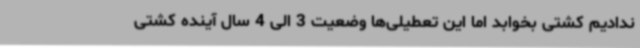
ندادیم کشتی بخوابد اما این تعطیلی‌ها وضعیت 3 الی 4 سال آینده کشتی